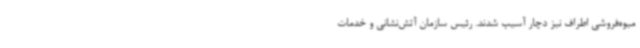
میوه‌فروشی اطراف نیز دچار آسیب شدند. رئیس سازمان آتش‌نشانی و خدمات